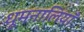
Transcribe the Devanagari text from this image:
धूमनालियाँ